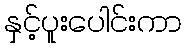
နှင့်ပူးပေါင်းကာ